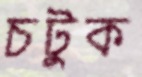
চটুক